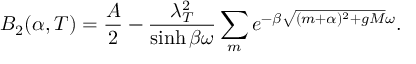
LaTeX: B _ { 2 } ( \alpha , T ) = \frac { A } { 2 } - \frac { \lambda _ { T } ^ { 2 } } { \sinh \beta \omega } \sum _ { m } e ^ { - \beta \sqrt { ( m + \alpha ) ^ { 2 } + g M } \omega } .